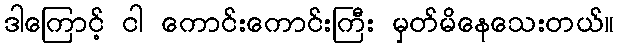
ဒါကြောင့် ငါ ကောင်းကောင်းကြီး မှတ်မိနေသေးတယ်။